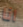
انا